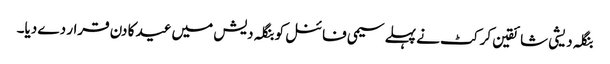
بنگلہ دیشی شائقین کرکٹ نے پہلے سیمی فائنل کو بنگلہ دیش میں عید کا دن قرار دے دیا۔